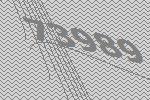
73989